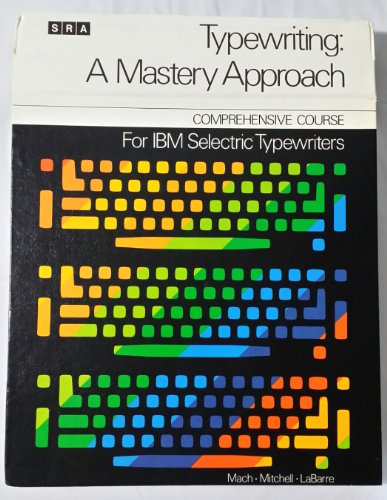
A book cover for Typewriting, a mastery approach for IBM SelectricÂ® typewriters: Comprehensive course; K. A Mach; Business & Money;